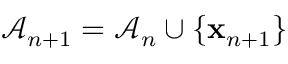
\mathcal { A } _ { n + 1 } = \mathcal { A } _ { n } \cup \left\lbrace \ensuremath { \mathbf { x } } _ { n + 1 } \right\rbrace